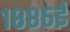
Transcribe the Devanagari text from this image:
१८८६ई